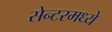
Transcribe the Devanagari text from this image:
सेन्टरमध्ये